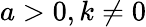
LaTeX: a>0,k\neq 0